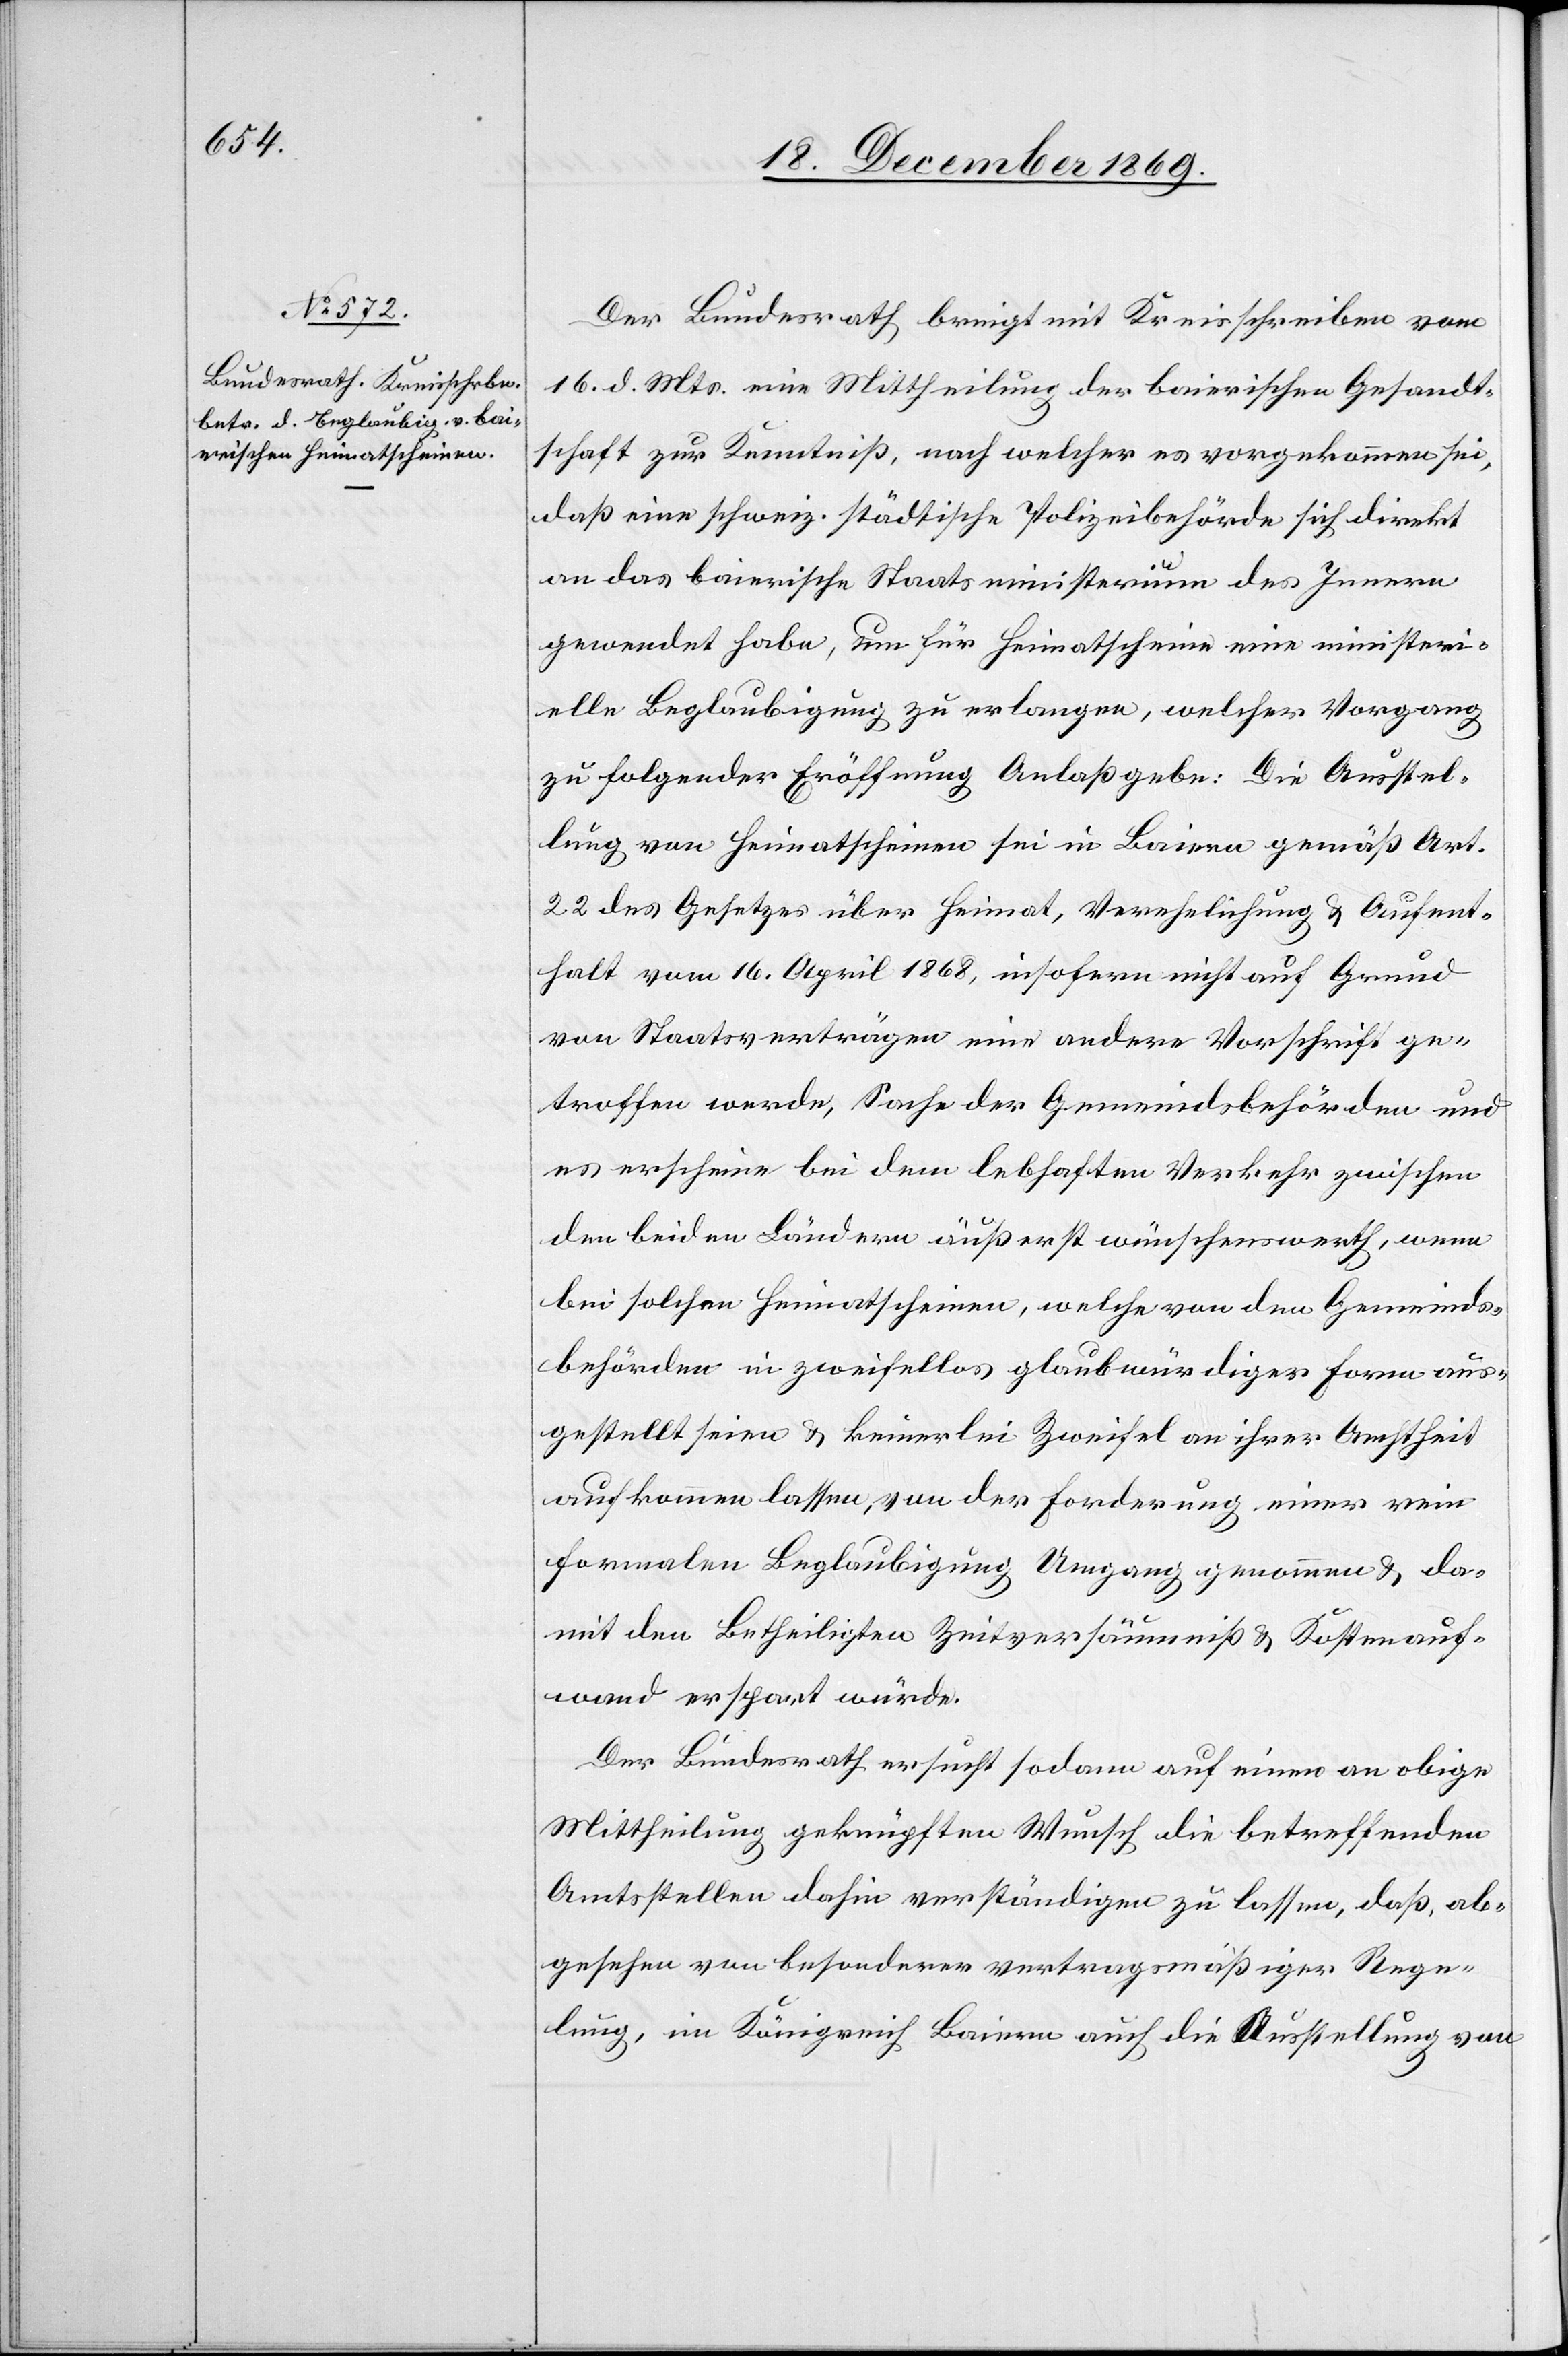
20. December 1869.]
Der Bundesrath bringt mit Kreisschreiben vom
16. d. Mts. eine Mittheilung der baierischen Gesandt¬
schaft zur Kenntniß, nach welcher es vorgekommen sei,
daß eine schweiz. städtische Polizeibehörde sich direkt
an das baierische Staatsministerium des Innern
gewendet habe, um für Heimatscheine eine ministeri¬
elle Beglaubigung zu erlangen, welcher Vorgang
zu folgender Eröffnung Anlaß gebe: Die Ausstel¬
lung von Heimatscheinen sei in Baiern gemäß Art.
22 des Gesetzes über Heimat, Verehelichung & Aufent¬
halt vom 16. April 1868, insofern nicht auf Grund
von Staatsverträgen eine andere Vorschrift ge¬
troffen werde, Sache der Gemeindsbehörden und
es erscheine bei dem lebhaften Verkehr zwischen
den beiden Ländern äußerst wünschenswerth, wenn
bei solchen Heimatscheinen, welche von den Gemeinds¬
behörden in zweifellos glaubwürdiger Form aus¬
gestellt seien & keinerlei Zweifel an ihrer Aechtheit
aufkommen lassen, von der Forderung einer rein
formalen Beglaubigung Umgang genommen & da¬
mit den Betheiligten Zeitversäumniß & Kostenauf¬
wand erspart würde.
Der Bundesrath ersucht sodann auf einen an obige
Mittheilung geknüpften Wunsch die betreffenden
Amtsstellen dahin verständigen zu lassen, daß, ab¬
gesehen von besonderer vertragsmäßiger Rege¬
lung, im Königreich Baiern auch die Ausstellung von